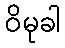
ဝိမုခါ